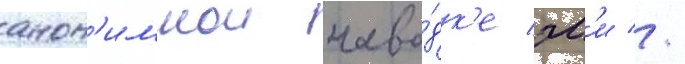
анон'имнои наво́дк'е эм'и //